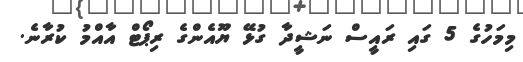
މިމަހުގެ 5 ގައި ރައީސް ނަޝީދާ ގުޅޭ ޔޫއެންގެ ރިޕޯޓް އާއްމު ކުރާނެ.